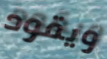
ويقود